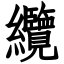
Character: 纜